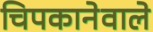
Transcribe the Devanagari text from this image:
चिपकानेवाले